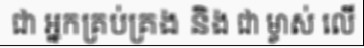
ជា អ្នកគ្រប់គ្រង និង ជា ម្ចាស់ លើ